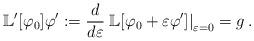
LaTeX: \begin{align*}\mathbb{L}^\prime[\varphi_0]\varphi^\prime:=\frac{d}{d\varepsilon}\left.\mathbb L[\varphi_0+\varepsilon\varphi^\prime]\right\vert_{\varepsilon=0}=g\,.\end{align*}